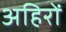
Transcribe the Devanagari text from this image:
अहिरों